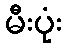
မီးပုံး